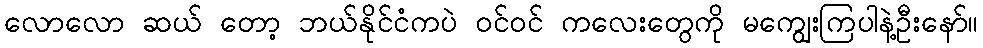
လောလော ဆယ် တော့ ဘယ်နိုင်ငံကပဲ ဝင်ဝင် ကလေးတွေကို မကျွေးကြပါနဲ့ဦးနော်။